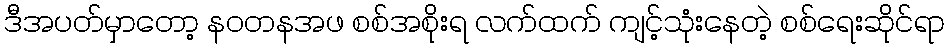
ဒီအပတ်မှာတော့ နဝတနအဖ စစ်အစိုးရ လက်ထက် ကျင့်သုံးနေတဲ့ စစ်ရေးဆိုင်ရာ